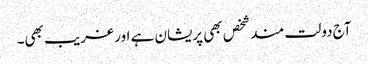
آج دولت مندشخص بھی پریشان ہے اور غریب بھی۔